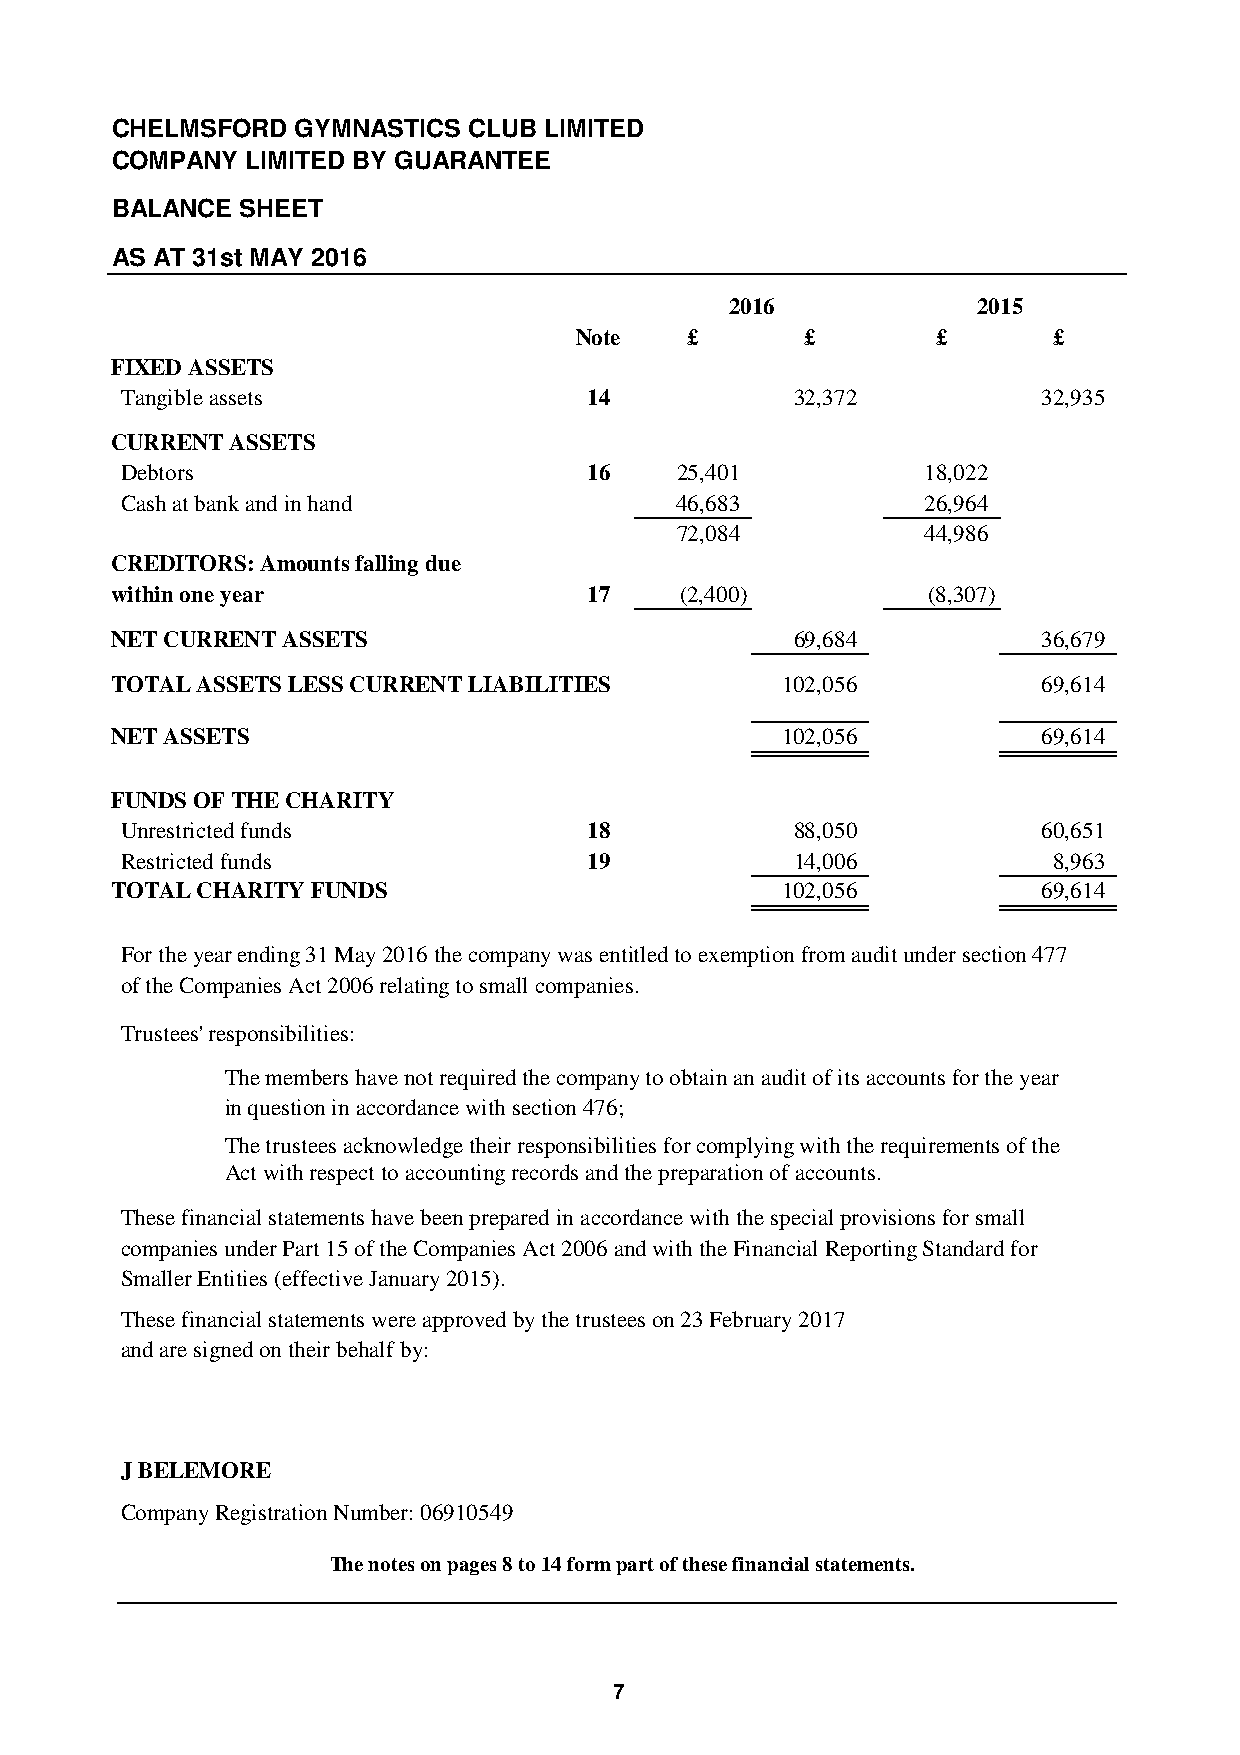
CHELMSFORD   GYMNASTICS CLUB LIMITED
 COMPANY  LIMITED BY GUARANTEE
 BALANCE  SHEET
 AS AT 31st MAY 2016
 2016             2015
 Note    £      £        £       £
 FIXED ASSETS
 Tangible assets                14            32,372          32,935
 CURRENT ASSETS
 Debtors                        16    25,401          18,022
 Cash at bank and in hand             46,683          26,964
 72,084          44,986
 CREDITORS: Amounts falling due
 within one year                 17    (2,400)         (8,307)
 NET CURRENT ASSETS                            69,684          36,679
 TOTAL ASSETS LESS CURRENT LIABILITIES        102,056          69,614
 NET ASSETS                                   102,056          69,614
 FUNDS OF THE CHARITY
 Unrestricted funds             18            88,050          60,651
 Restricted funds               19            14,006           8,963
 TOTAL CHARITY FUNDS                          102,056          69,614
 For the year ending 31 May 2016 the company was entitled to exemption from audit under section 477
 of the Companies Act 2006 relating to small companies.
 Trustees' responsibilities:
 The members have not required the company to obtain an audit of its accounts for the year
 in question in accordance with section 476;
 The trustees acknowledge their responsibilities for complying with the requirements of the
 Act with respect to accounting records and the preparation of accounts.
 These financial statements have been prepared in accordance with the special provisions for small
 companies under Part 15 of the Companies Act 2006 and with the Financial Reporting Standard for
 Smaller Entities (effective January 2015).
 These financial statements were approved by the trustees on 23 February 2017
 and are signed on their behalf by:
 J BELEMORE
 Company Registration Number: 06910549
 The notes on pages 8 to 14 form part of these financial statements.
 7